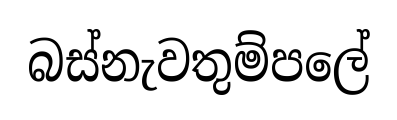
බස්නැවතුම්පලේ